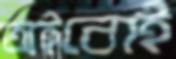
অইবোই